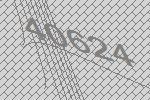
40624